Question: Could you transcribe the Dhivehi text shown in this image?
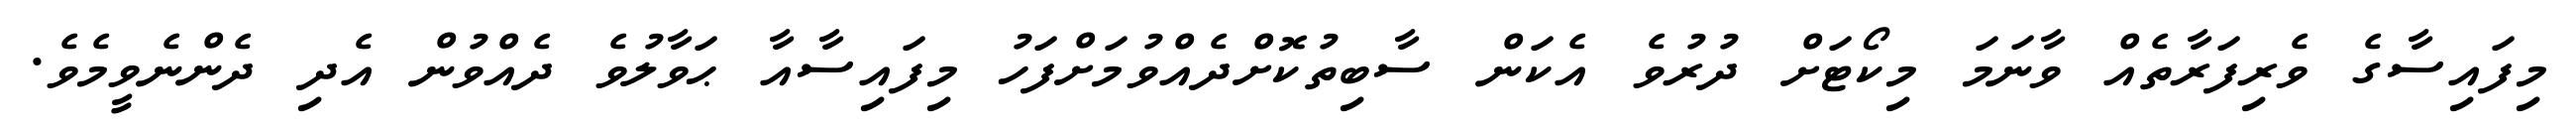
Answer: މިފައިސާގެ ވެރިފަރާތެއް ވާނަމަ މިކޯޓަށް ދުރުވެ އެކަން ސާބިތުކޮށްދެއްވުމަށްފަހު މިފައިސާއާ ޙަވާލުވެ ދެއްވުން އެދި ދެންނެވީމެވެ.